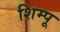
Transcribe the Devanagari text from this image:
शिम्पू